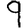
Digit: 9